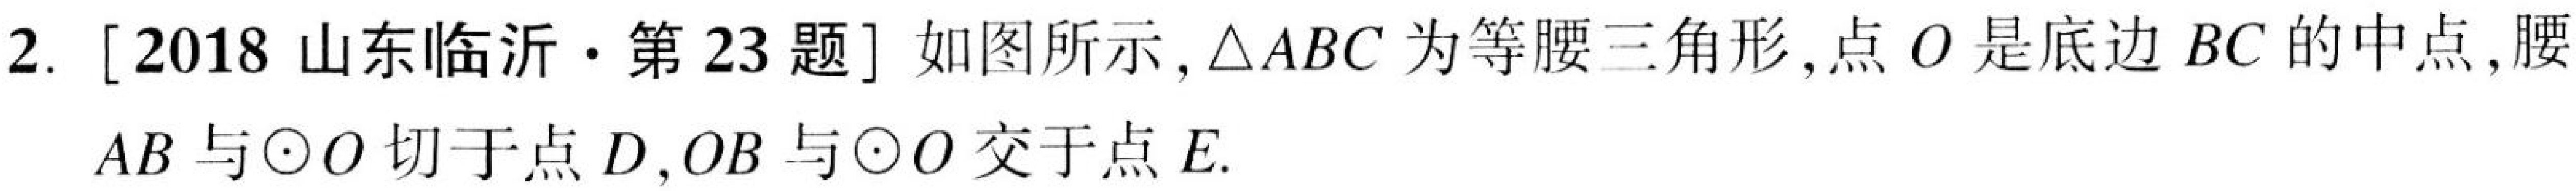
2. [2018山东临沂·第23题] 如图所示,\(\triangle ABC\)为等腰三角形,点\(O\)是底边\(BC\)的中点,腰
\(AB\)与\(\odot O\)切于点\(D\),\(OB\)与\(\odot O\)交于点\(E\).